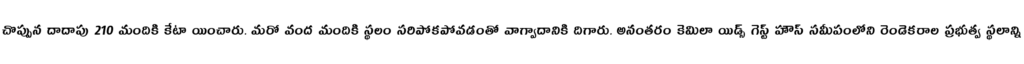
చొప్పున దాదాపు 210 మందికి కేటా యించారు. మరో వంద మందికి స్థలం సరిపోకపోవడంతో వాగ్వాదానికి దిగారు. అనంతరం కెమిలా యిడ్స్ గెస్ట్ హౌస్ సమీపంలోని రెండెకరాల ప్రభుత్వ స్థలాన్ని